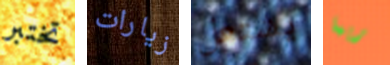
تختبر زيارات يشتعل ربما